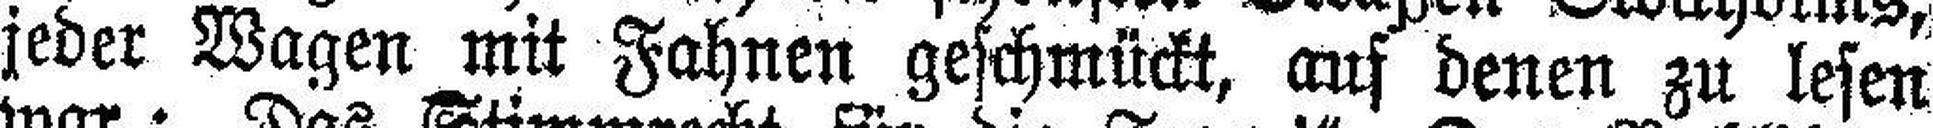
jeder Wagen mit Fahnen geschmückt, auf denen zu lesen